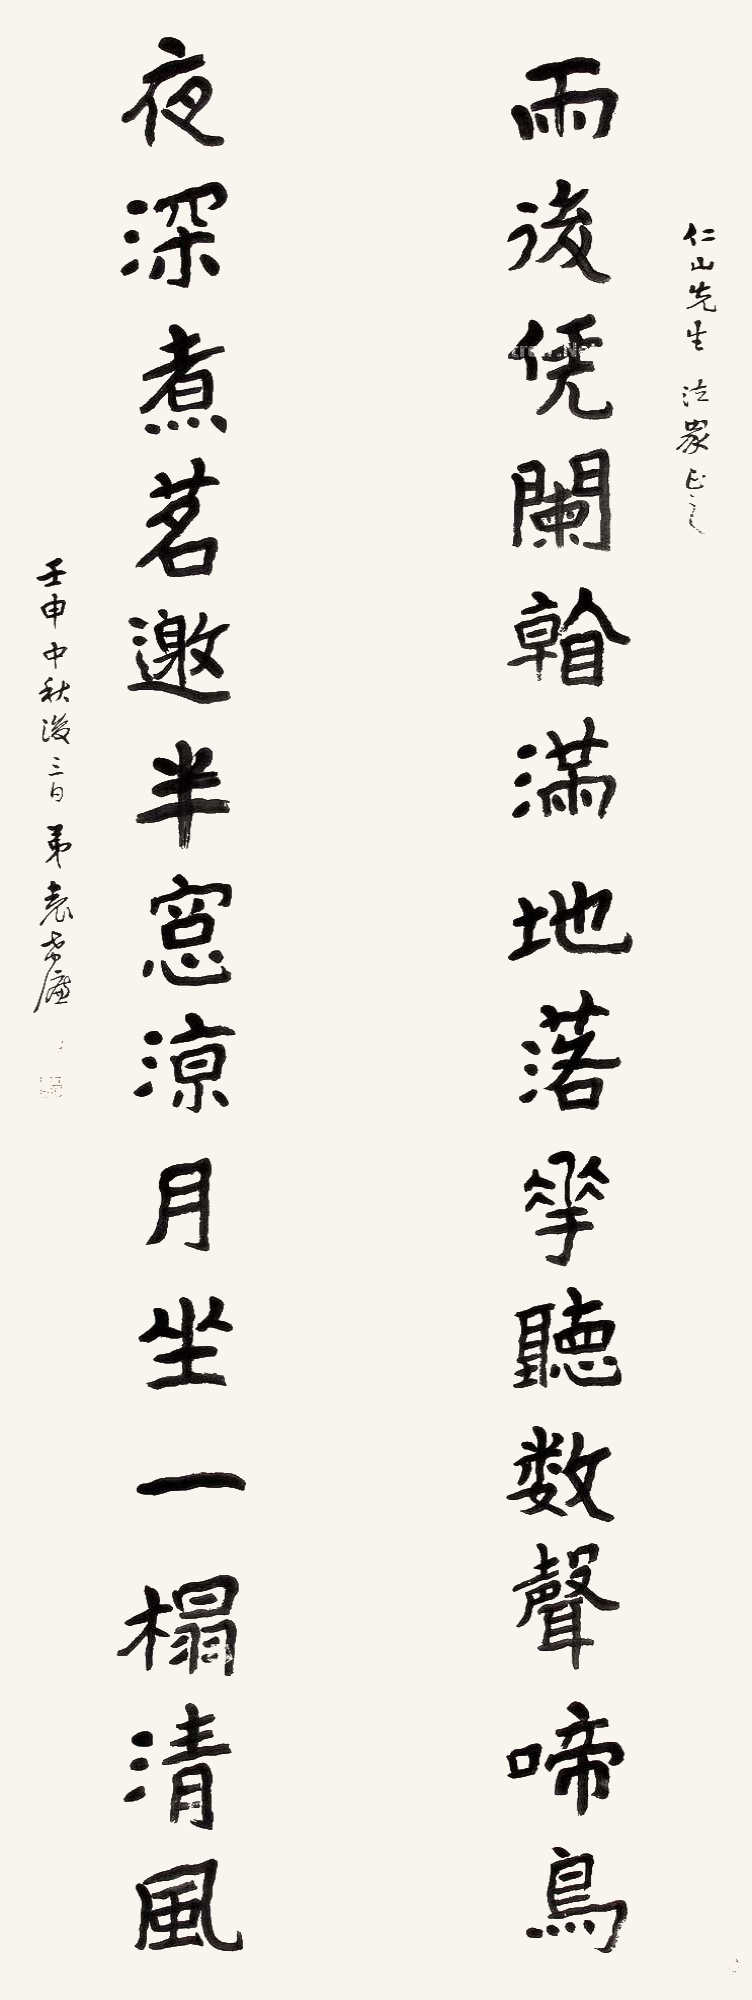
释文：雨后凭栏，看满地落花，听数声啼鸟；夜深煮茗，邀半窗凉月，坐一榻清风。仁山先生法家正之。壬申中秋后三日，弟袁希濂。